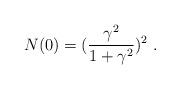
LaTeX: \begin{align*}N(0) = (\frac{\gamma^2}{1+\gamma^2})^2 \ .\end{align*}